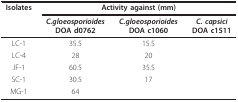
<table><thead><tr><td><b>Isolates</b></td><td colspan="3"><b>Activity against (mm)</b></td></tr><tr><td>[EMPTY_CELL]</td><td><b><i>C.gloeosporioides</i>DOA d0762</b></td><td><b><i>C.gloeosporioides</i>DOA c1060</b></td><td><b><i>C. capsici</i>DOA c1511</b></td></tr></thead><tbody><tr><td>LC-1</td><td>35.5</td><td>15.5</td><td>[EMPTY_CELL]</td></tr><tr><td>LC-4</td><td>28</td><td>20</td><td>[EMPTY_CELL]</td></tr><tr><td>JF-1</td><td>60.5</td><td>35.5</td><td>[EMPTY_CELL]</td></tr><tr><td>SC-1</td><td>30.5</td><td>17</td><td>[EMPTY_CELL]</td></tr><tr><td>MG-1</td><td>64</td><td>[EMPTY_CELL]</td><td>[EMPTY_CELL]</td></tr></tbody></table>